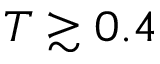
T \gtrsim 0 . 4